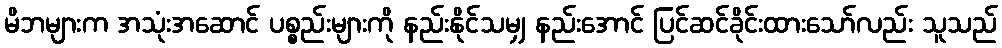
မိဘများက အသုံးအဆောင် ပစ္စည်းများကို နည်းနိုင်သမျှ နည်းအောင် ပြင်ဆင်ခိုင်းထားသော်လည်း သူသည်